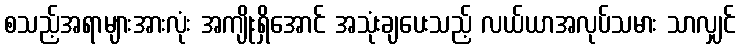
စသည့်အရာများအားလုံး အကျိုးရှိအောင် အသုံးချပေးသည့် လယ်ယာအလုပ်သမား သာလျှင်